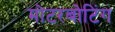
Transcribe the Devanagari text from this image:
मोटरबोटिंग